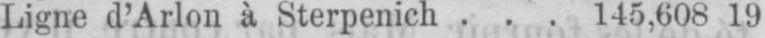
Ligne d’Arlon à Sterpenich ... 145,608 19